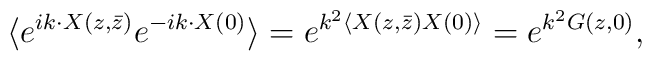
\langle e^{ik\cdot X(z,\bar{z})} e^{-ik\cdot X(0)}\rangle=e^{k^{2}\langle X(z,\bar{z})X(0)\rangle} = e^{k^{2}G(z,0)},